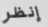
إنظر